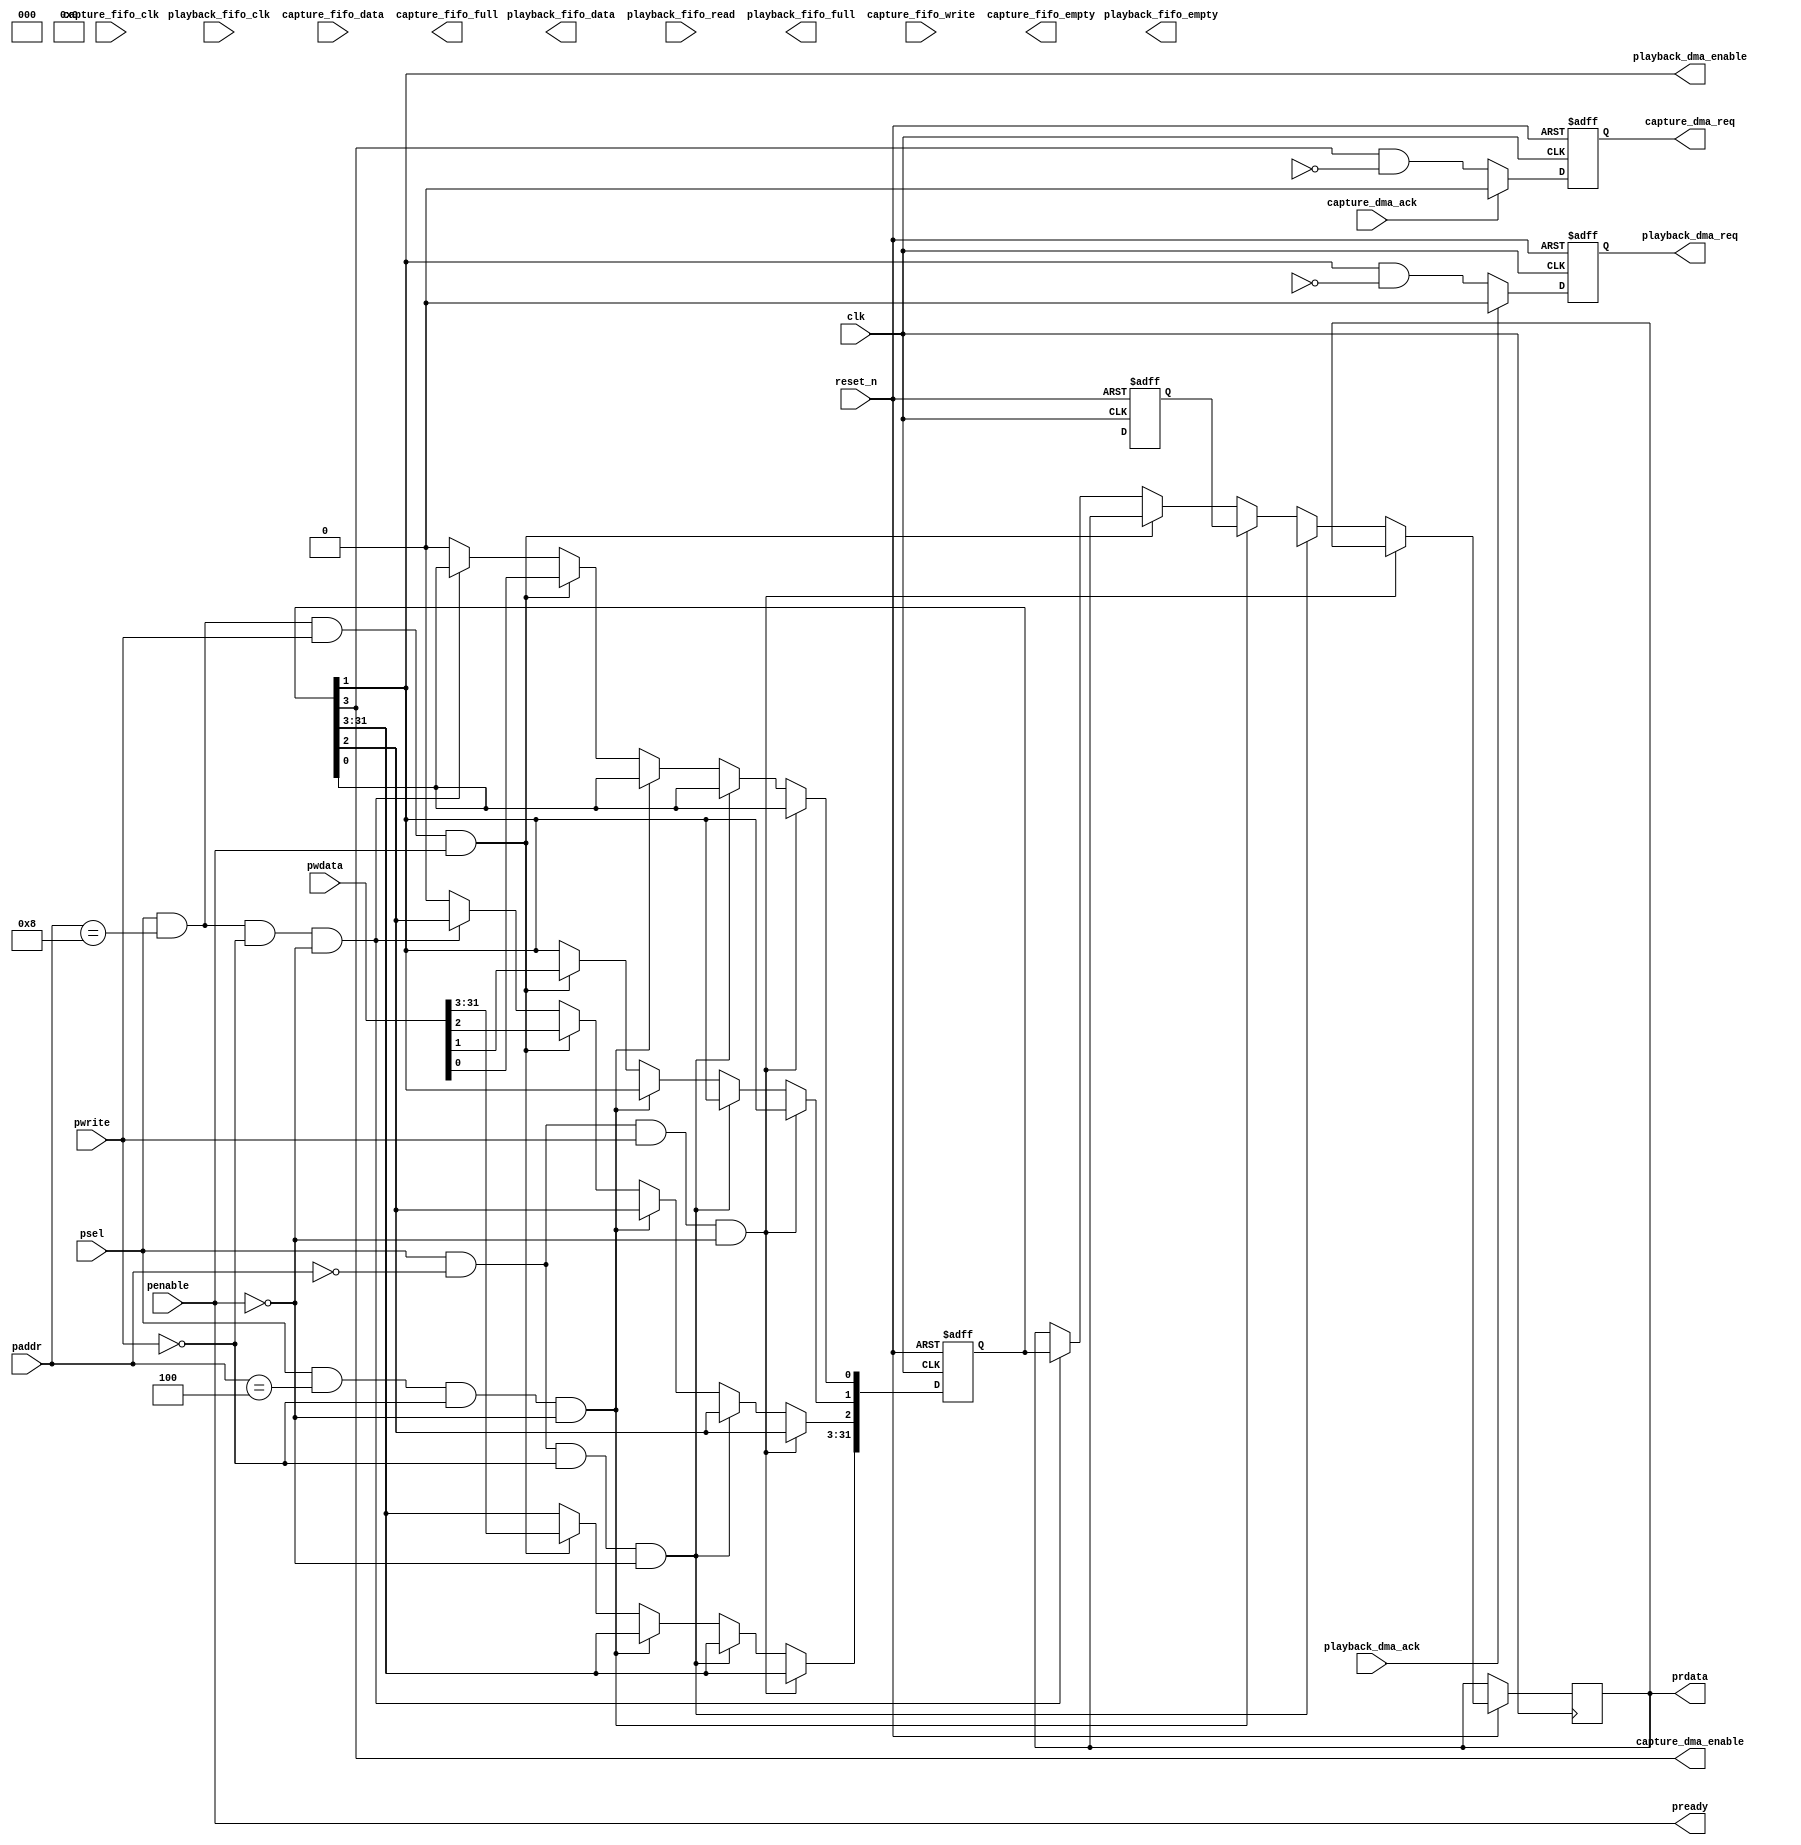
module i2s_output_apb (
	input wire			clk, // Interface clock
	input wire			reset_n, // asynchronous, active low
	// APB
	input wire	[4:0]	paddr, // apb address
	input wire			penable, // apb enable
	input wire			pwrite,	// apb write strobe
	input wire 	[31:0]	pwdata, // apb data in
	input wire			psel, // apb select
	output reg	[31:0]	prdata, // apb data out
	output wire			pready, // apb ready
	// FIFO interface to playback shift register
	output wire	[63:0]	playback_fifo_data,
	input wire			playback_fifo_read,
	output wire			playback_fifo_empty,
	output wire			playback_fifo_full,
	input wire			playback_fifo_clk,
	// DMA interface, SOCFPGA
	output reg			playback_dma_req,
	input wire			playback_dma_ack,
	output wire			playback_dma_enable,
	// FIFO interface to capture shift register
	input wire	[63:0]	capture_fifo_data,
	input wire			capture_fifo_write,
	output wire			capture_fifo_empty,
	output wire			capture_fifo_full,
	input wire			capture_fifo_clk,
	// DMA interface, SOCFPGA
	output reg			capture_dma_req,
	input wire			capture_dma_ack,
	output wire			capture_dma_enable
);

	wire			wr_fifo_write;
	wire			wr_fifo_clear;
	reg		[31:0]	wr_fifo_data;
	wire			wr_fifo_empty;
	wire			wr_fifo_full;
	wire	[3:0]	wr_fifo_used;

	wire			rd_fifo_read;
	wire			rd_fifo_clear;
	wire	[31:0]	rd_fifo_data;
	wire			rd_fifo_empty;
	wire			rd_fifo_full;
	wire	[3:0]	rd_fifo_used;

	reg		[31:0]	cmd_reg;
	reg		[31:0]	sts_reg;
	
	wire			data_sel = psel && (paddr == 0);
	wire			sts_sel = psel && (paddr == 4); // RO
	wire			cmd_sel = psel && (paddr == 8);

	// Register access
	always @(posedge clk or negedge reset_n)
	begin
		if (~reset_n)
		begin
			wr_fifo_data <= 0;
			cmd_reg <= 0;
		end
		else
		begin
			if (data_sel & pwrite & ~penable) // data write, phase 1
				wr_fifo_data <= pwdata;
			else if (data_sel & ~pwrite & ~penable) // data input register
				prdata <= rd_fifo_data;
			else if (sts_sel & ~pwrite & ~penable) // read status
				prdata <= sts_reg;
			else if (cmd_sel & pwrite & penable) // write cmd
				cmd_reg <= pwdata;
			else if (cmd_sel & ~pwrite & ~penable) // cmd readback
				prdata <= cmd_reg;
			else
			begin
				cmd_reg[0] <= 0; // FIFO clear is just a pulse
				cmd_reg[2] <= 0; // FIFO clear is just a pulse
			end
		end
	end

	// Update status register
	always @(posedge clk or negedge reset_n)
	begin
		if (~reset_n)
		begin
			sts_reg <= 0;
		end
		else
		begin
			sts_reg[0] <= wr_fifo_empty;
			sts_reg[1] <= wr_fifo_full;
			sts_reg[2] <= playback_dma_enable;
			sts_reg[3] <= playback_dma_req;
			sts_reg[4] <= playback_dma_ack;
			sts_reg[7:5] <= 3'b0;
			sts_reg[12:8] <= wr_fifo_used;
			sts_reg[15:13] <= 3'b0;
			sts_reg[16] <= rd_fifo_empty;
			sts_reg[17] <= rd_fifo_full;
			sts_reg[18] <= capture_dma_enable;
			sts_reg[19] <= capture_dma_req;
			sts_reg[20] <= capture_dma_ack;
			sts_reg[23:21] <= 3'b0;
			sts_reg[28:24] <= rd_fifo_used;
			sts_reg[31:29] <= 3'b0;
		end
	end

	// Playback DMA request
	always @(posedge clk or negedge reset_n)
	begin
		if (~reset_n)
		begin
			playback_dma_req <= 0;
		end
		else
		begin
			if (playback_dma_ack)
				playback_dma_req <= 0;
			else
				playback_dma_req <= playback_dma_enable & ~wr_fifo_full;
		end
	end
	
	// Capture DMA request
	always @(posedge clk or negedge reset_n)
	begin
		if (~reset_n)
		begin
			capture_dma_req <= 0;
		end
		else
		begin
			if (capture_dma_ack)
				capture_dma_req <= 0;
			else
				capture_dma_req <= capture_dma_enable & ~rd_fifo_empty;
		end
	end

	// Combinatorics
	assign wr_fifo_write = data_sel & pwrite & penable; // data write, phase 2
	assign wr_fifo_clear = cmd_reg[0];
	assign playback_dma_enable = cmd_reg[1];

	assign rd_fifo_read = data_sel & ~pwrite & penable; // data read, phase 2
	assign rd_fifo_clear = cmd_reg[2];
	assign capture_dma_enable = cmd_reg[3];

	// APB
	assign pready = penable; // always ready (no wait states)

`ifdef ALTERA_FIFO
	playback_fifo	playback_fifo_inst (
		.wrclk		(clk),
		.wrreq		(wr_fifo_write),
		.data		(wr_fifo_data),
		.aclr		(wr_fifo_clear),
		.wrempty	(wr_fifo_empty),
		.wrfull		(wr_fifo_full),
		.wrusedw	(wr_fifo_used),
		.rdclk		(playback_fifo_clk),
		.rdreq		(playback_fifo_read),
		.q			(playback_fifo_data),
		.rdempty	(playback_fifo_empty),
		.rdfull		(playback_fifo_full),
		.rdusedw	()
	);
	capture_fifo	capture_fifo_inst (
		.wrclk			(capture_fifo_clk),
		.wrreq			(capture_fifo_write),
		.data			(capture_fifo_data),
		.aclr			(rd_fifo_clear),
		.wrempty		(capture_fifo_empty),
		.wrfull			(capture_fifo_full),
		.rdclk			(clk),
		.rdreq			(rd_fifo_read),
		.q				(rd_fifo_data),
		.rdempty		(rd_fifo_empty),
		.rdfull			(rd_fifo_full),
		.rdusedw		(rd_fifo_used)
	);
`endif

endmodule